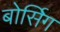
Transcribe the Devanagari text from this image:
बोर्सिग